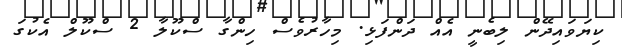
ކިޔަވައިދޭން ލިބެނީ އެއް ދަންފަޅި. މިހާރުވެސް ހިންގާ ސްކޫލާ 2 ސްކޫލް އެކުގަ